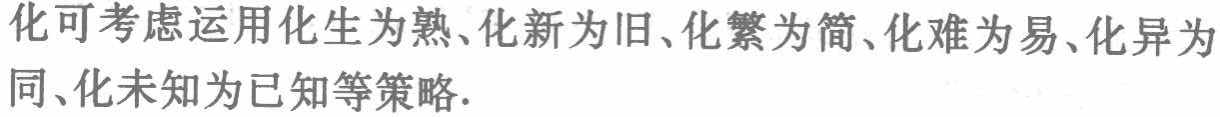
化可考虑运用化生为熟、化新为旧、化繁为简、化难为易、化异为同、化未知为已知等策略.